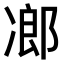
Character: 𠗷